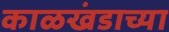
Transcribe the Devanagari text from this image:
काळखंडाच्या